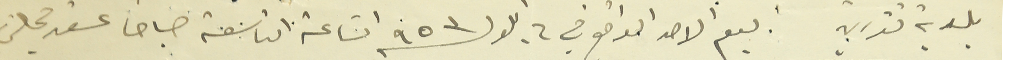
بلدية تنورين يوم الاحد الواقع في ٦ ايلول ٩٥٣ الساعة التاسعة صباحا عقد مجلس